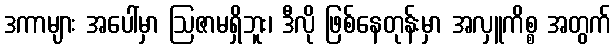
ဒကာများ အပေါ်မှာ ဩဇာမရှိဘူး၊ ဒီလို ဖြစ်နေတုန်းမှာ အလှူကိစ္စ အတွက်